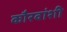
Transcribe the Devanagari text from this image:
कौरवांशी